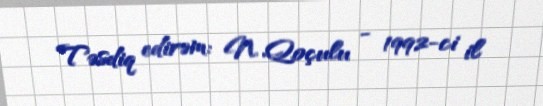
Təsdiq edirəm: N. Qoçulu - 1992-ci il